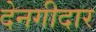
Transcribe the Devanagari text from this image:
देनगीदार